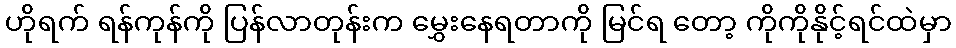
ဟိုရက် ရန်ကုန်ကို ပြန်လာတုန်းက မွှေးနေရတာကို မြင်ရ တော့ ကိုကိုနိုင့်ရင်ထဲမှာ